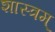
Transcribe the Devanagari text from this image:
शास्त्रम्